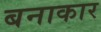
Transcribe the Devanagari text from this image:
बनाकार